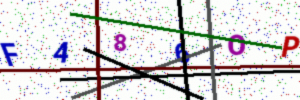
Text: F486OP